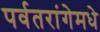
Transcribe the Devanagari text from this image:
पर्वतरांगेमधे